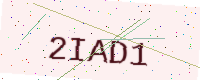
Text: 2IAD1